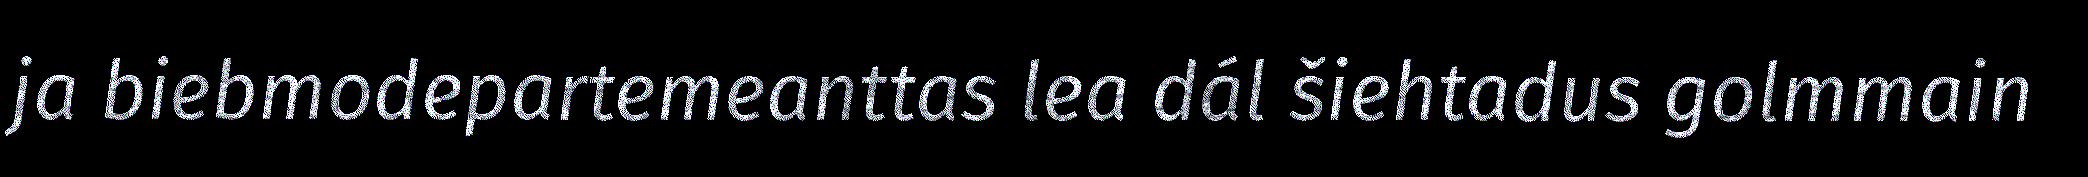
ja biebmodepartemeanttas lea dál šiehtadus golmmain